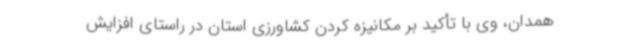
همدان، وی با تأکید بر مکانیزه کردن کشاورزی استان در راستای افزایش